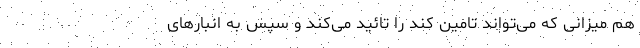
هم میزانی که می‌تواند تامین کند را تائید می‌کند و سپس به انبارهای